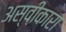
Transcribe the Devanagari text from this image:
अस्वीकारा